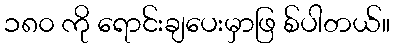
၁၈၀ ကို ရောင်းချပေးမှာဖြ စ်ပါတယ်။